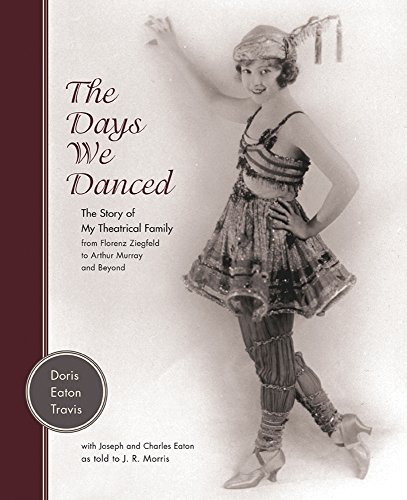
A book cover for The Days We Danced: The Story of My Theatrical Family From Florenz Ziegfeld to Arthur Murray and Beyond; Doris Eaton Travis; Biographies & Memoirs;